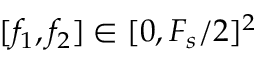
[ f _ { 1 } , f _ { 2 } ] \in [ 0 , F _ { s } / 2 ] ^ { 2 }